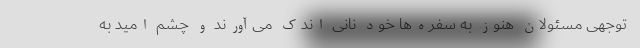
‌توجهی مسئولان هنوز به سفره‌ها خود نانی اندک می‌آورند و چشم امید به